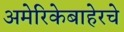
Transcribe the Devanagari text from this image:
अमेरिकेबाहेरचे